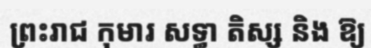
ព្រះរាជ កុមារ សទ្ធា តិស្ស និង ឱ្យ